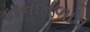
કાનાતળાવ